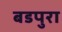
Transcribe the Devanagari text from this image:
बडपुरा